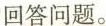
回答问题。